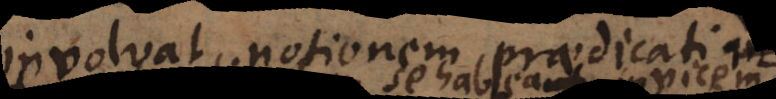
involvat notionem praedicati,